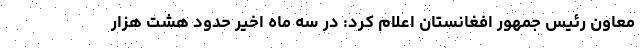
معاون رئیس جمهور افغانستان اعلام کرد: در سه ماه اخیر حدود هشت هزار